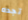
تجده